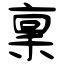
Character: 稟